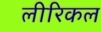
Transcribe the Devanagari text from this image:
लीरिकल